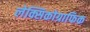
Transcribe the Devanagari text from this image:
लेक्सिकोग्राफिक